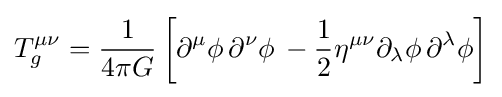
T_{g}^{\mu \nu }={\frac {1}{4\pi G}}\left[\partial ^{\mu }\phi \,\partial ^{\nu }\phi \,-{\frac {1}{2}}\eta ^{\mu \nu }\partial _{\lambda }\phi \,\partial ^{\lambda }\phi \right]